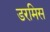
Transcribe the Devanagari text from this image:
डरमिस